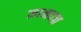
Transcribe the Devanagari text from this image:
ज्ञानवज्र